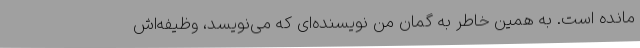
مانده است. به همین خاطر به گمان من نویسنده‌ای که می‌نویسد، وظیفه‌اش